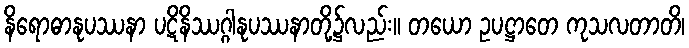
နိရောဓာနုပဿနာ ပဋိနိဿဂ္ဂါနုပဿနာတို့၌လည်း။ တယော ဥပဋ္ဌာတေ ကုသလတာတိ၊